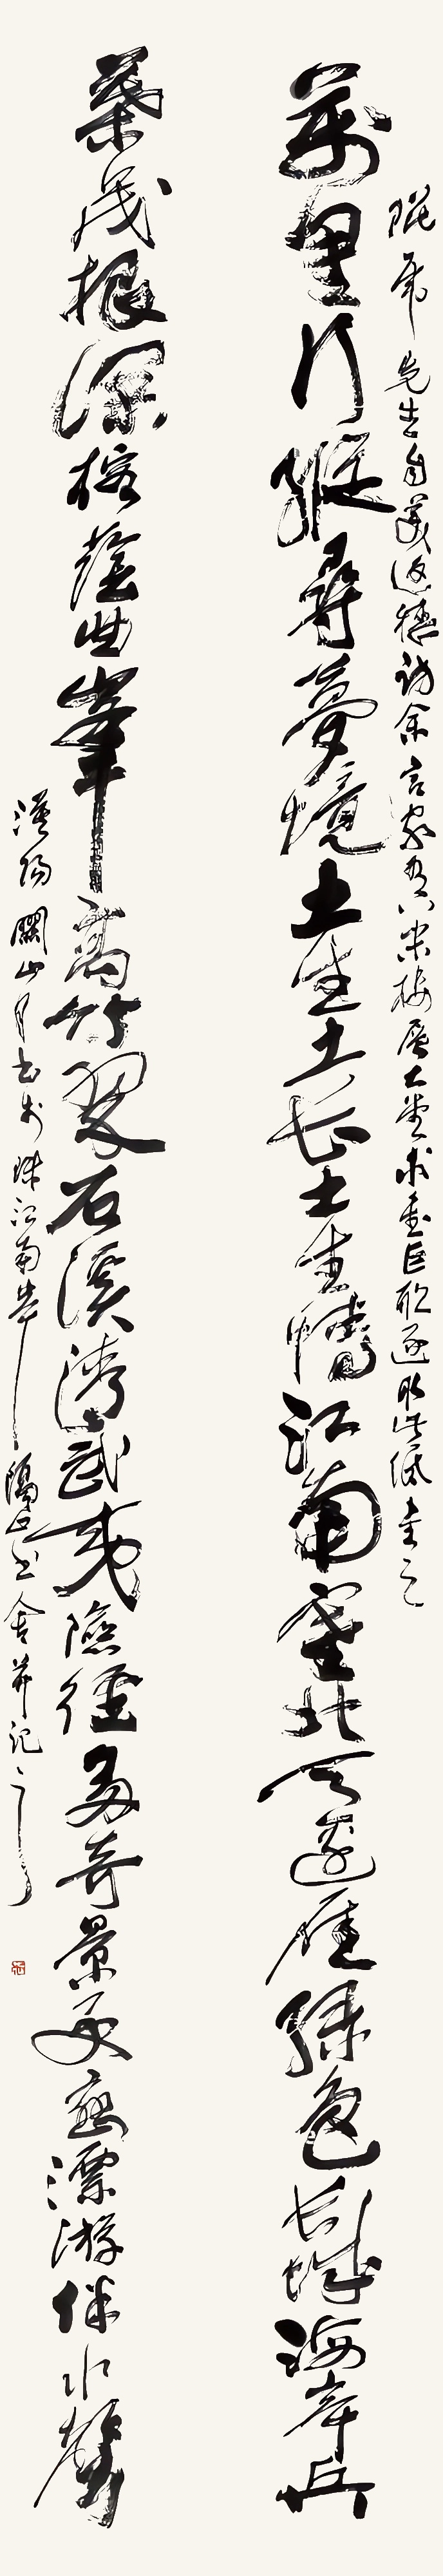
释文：万里行踪寻梦境，土生土长士生情，江南塞北天边雁，绿色长城海岸兵。叶茂根深榕荫曲，峰高竹翠石溪清，武夷险径多奇景，更应漂游伴水声。琨虎先生自美返穗访余，言家有八米楼层大堂，求书巨联，遂取此纸书之。漠阳关山月书于珠江南岸隔山书舍并记之。